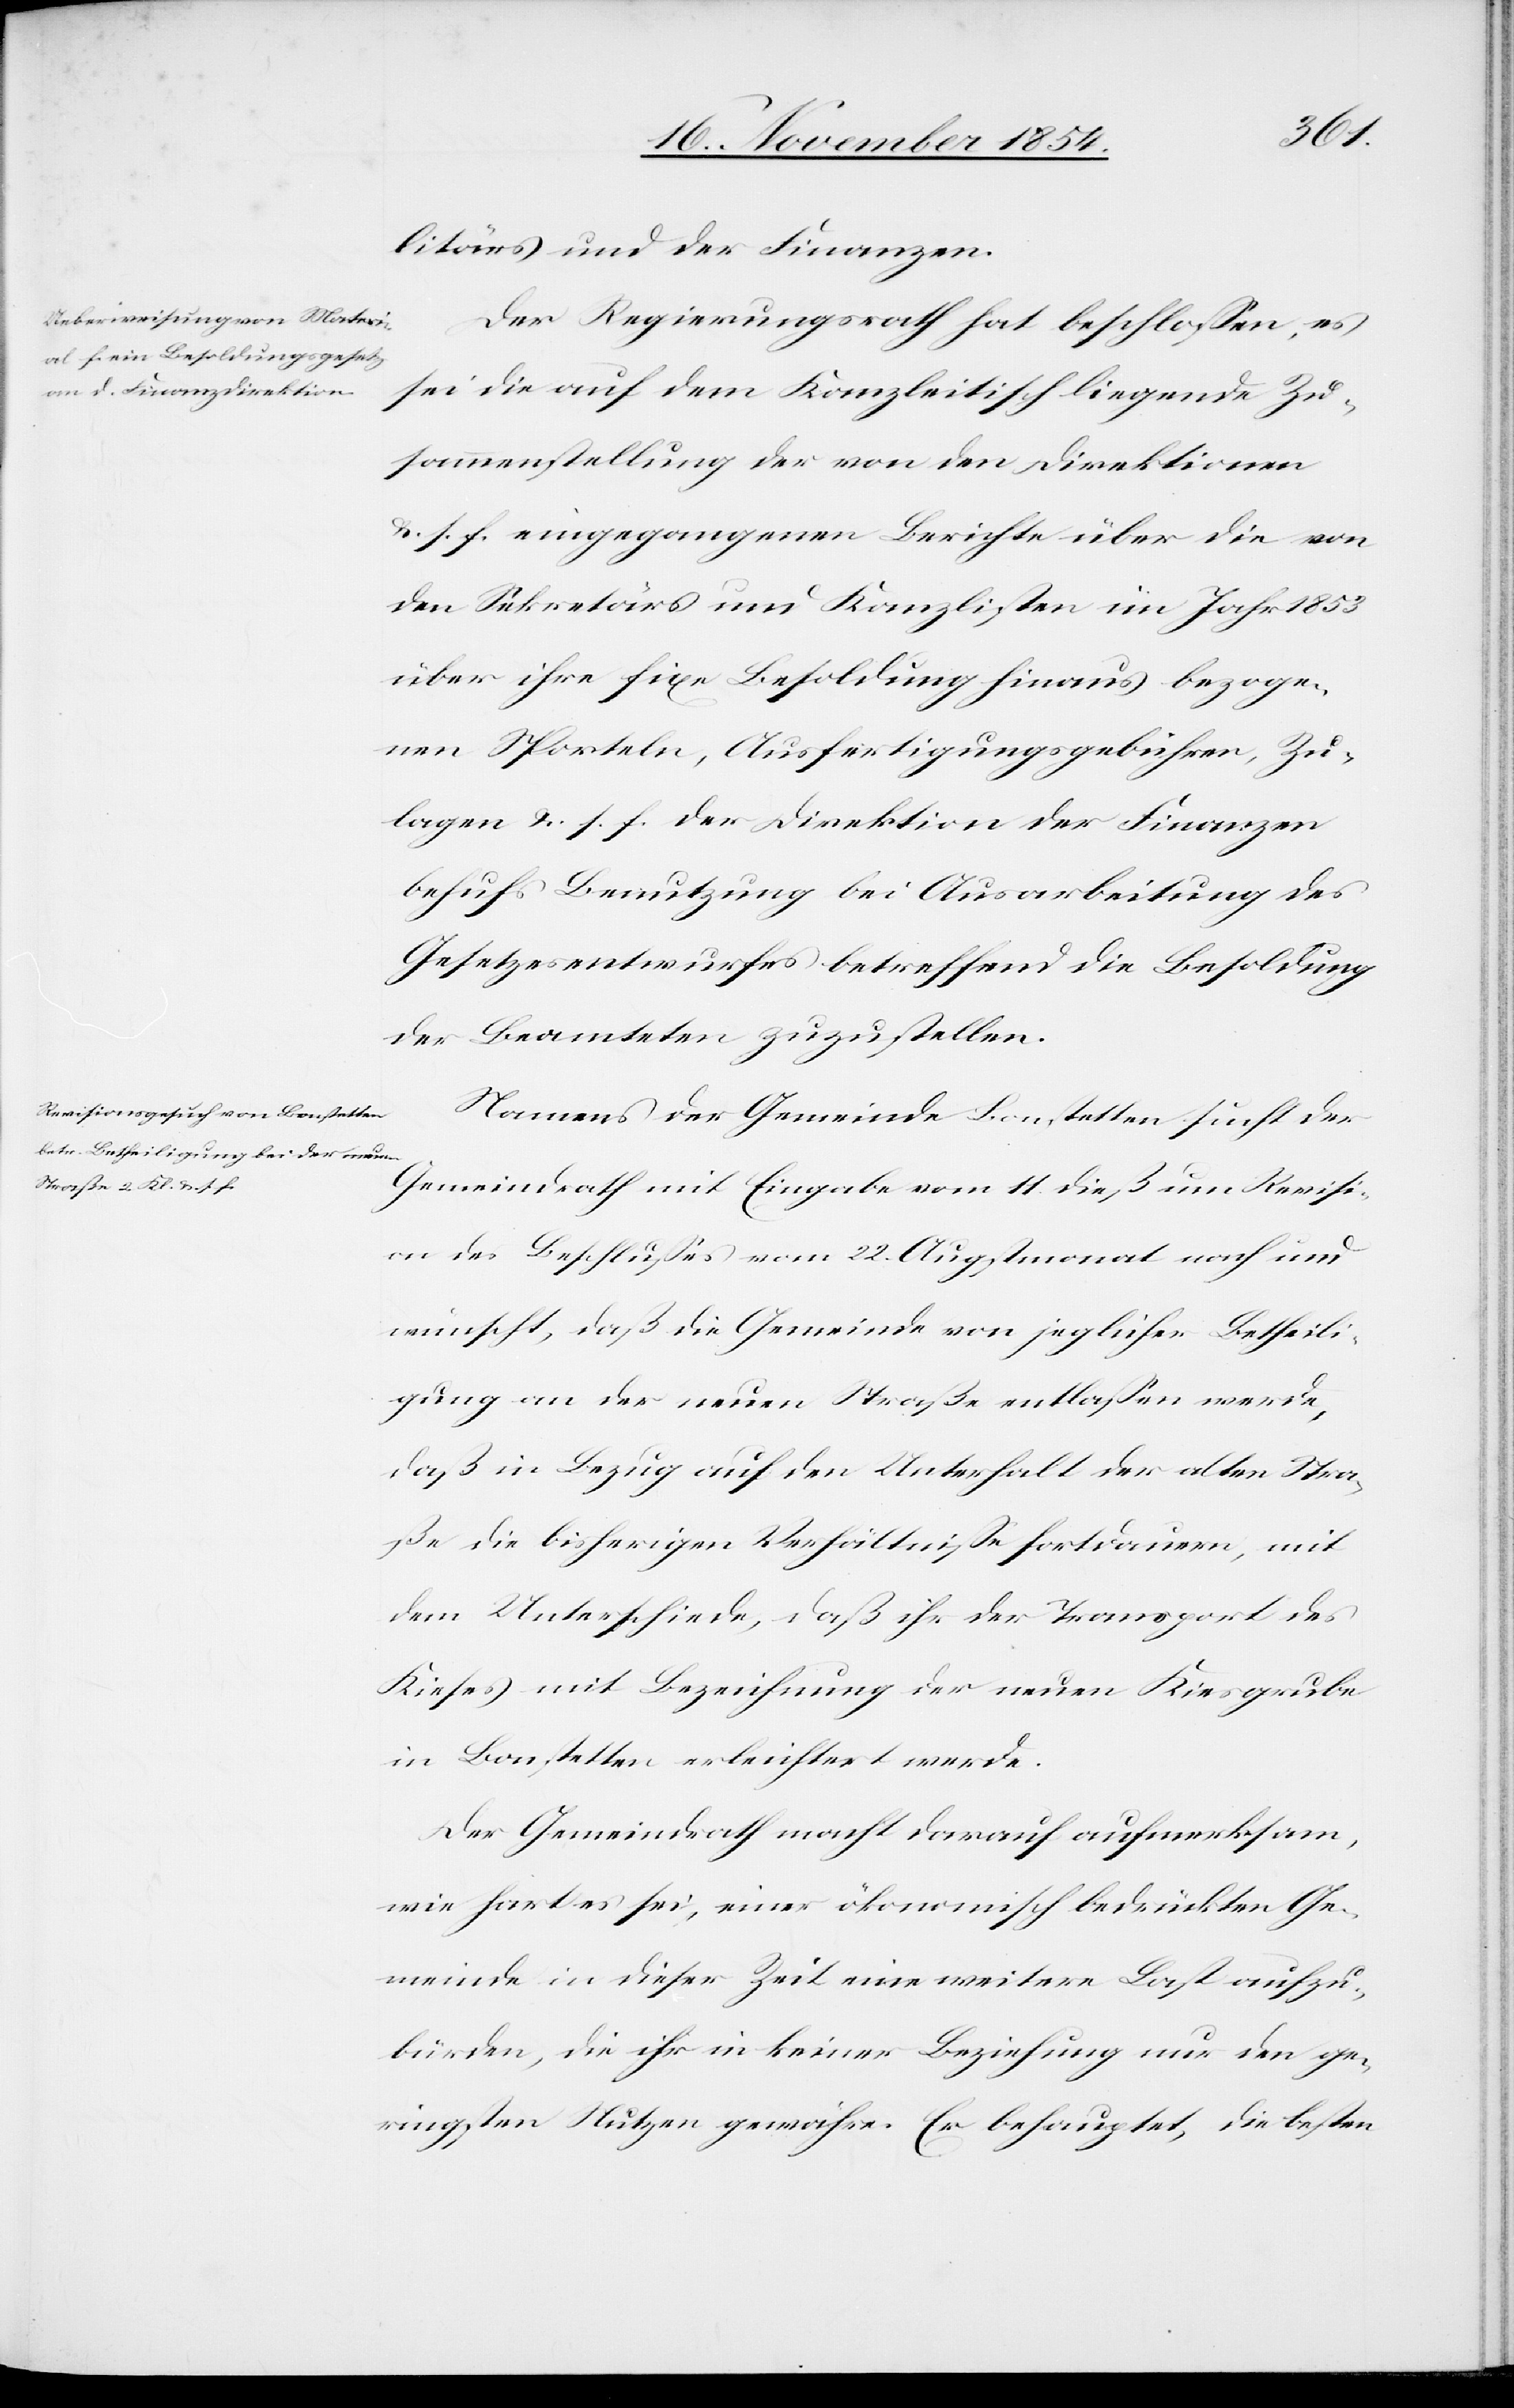
litärs und der Finanzen.
Der Regierungsrath hat beschloßen, es
sei die auf dem Kanzleitisch liegende Zu¬
sammenstellung der von den Direktionen
u. s. f. eingegangenen Berichte über die von
den Sekretärs und Kanzlisten im Jahr 1853
über ihre fixe Besoldung hinaus bezoge¬
nen Sporteln, Ausfertigungsgebühren, Zu¬
lagen u. s. f. der Direktion der Finanzen
behufs Benutzung bei Ausarbeitung des
Gesetzesentwurfes betreffend die Besoldung
der Beamteten zuzustellen.
Namens der Gemeinde Bonstetten sucht der
Gemeindrath mit Eingabe vom 11. dieß um Revisi¬
on des Beschlußes vom 22. Augstmonat nach und
wünscht, daß die Gemeinde von jeglicher Betheili¬
gung an der neuen Straße entlaßen werde,
daß in Bezug auf den Unterhalt der alten Stra¬
ße die bisherigen Verhältniße fortdauern, mit
dem Unterschiede, daß ihr der Transport des
Kieses mit Bezeichnung der neuen Kiesgrube
in Bonstetten erleichtert werde.
Der Gemeindrath macht darauf aufmerksam,
wie hart es sei, einer ökonomisch bedrückten Ge¬
meinde in dieser Zeit eine weitere Last aufzu¬
bürden, die ihr in keiner Beziehung nur den ge¬
ringsten Nutzen gewähre. Er behauptet, die besten